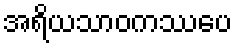
အရိယသာဝကဿပေ